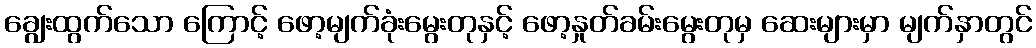
ချွေးထွက်သော ကြောင့် ဖော့မျက်ခုံးမွေးတုနှင့် ဖော့နှုတ်ခမ်းမွေးတုမှ ဆေးများမှာ မျက်နှာတွင်